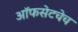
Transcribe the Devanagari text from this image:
ऑफसेटचेच